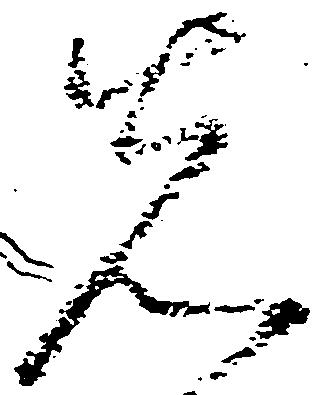
先